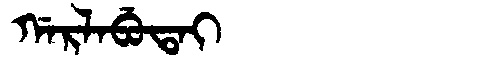
Manchu: ᡤᠠᡵᠯᠠᠪᡠᡨᠠᡳ
Romanization: GARLABUTAI